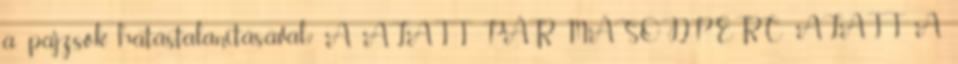
a pajzsok hatástalanításával? A ALATT PÁR MÁSODPERC ALATT A